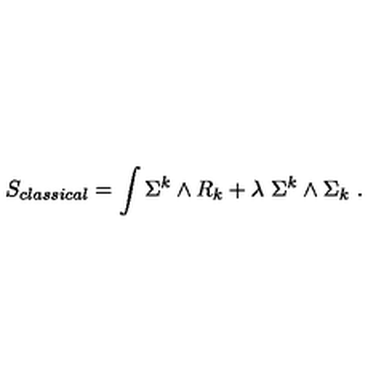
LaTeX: S _ { c l a s s i c a l } = \int \Sigma ^ { k } \wedge R _ { k } + \lambda \ \Sigma ^ { k } \wedge \Sigma _ { k } \ .